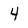
Character: 4